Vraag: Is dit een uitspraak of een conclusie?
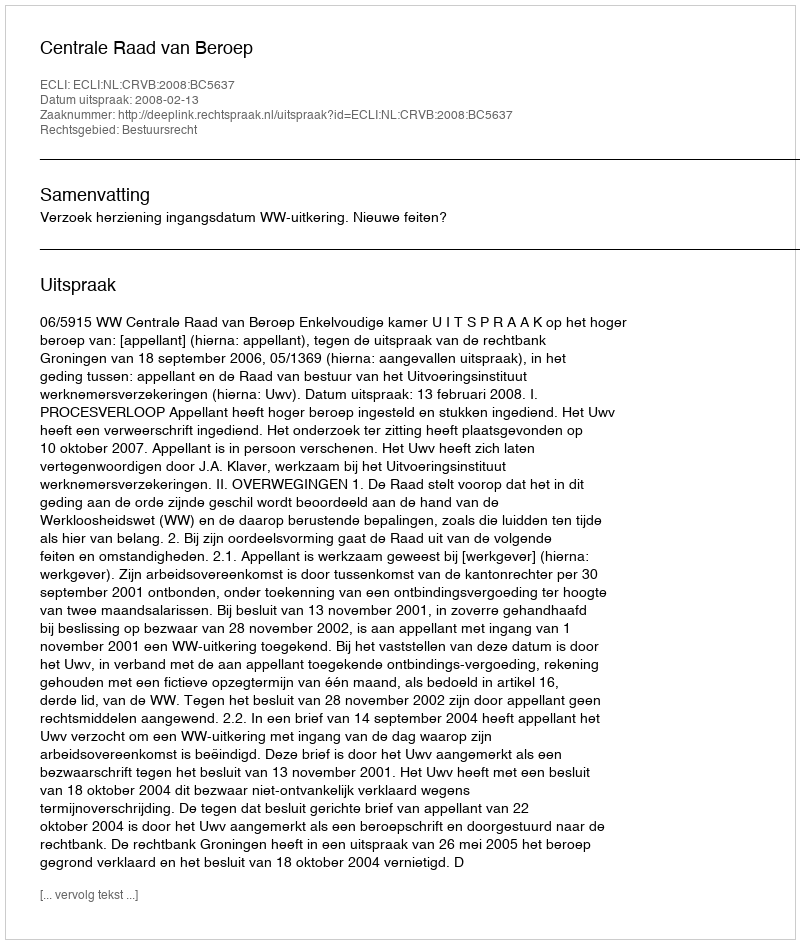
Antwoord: Uitspraak